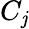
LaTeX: C_{\mathit{j}}